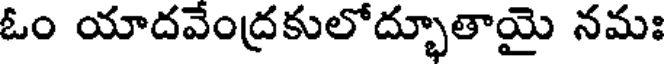
ఓం యాదవేంద్రకులోద్భూతాయై నమః